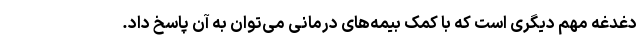
دغدغه مهم دیگری است که با کمک بیمه‌های درمانی می‌توان به آن پاسخ داد.